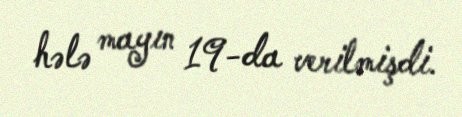
hələ mayın 19-da verilmişdi.